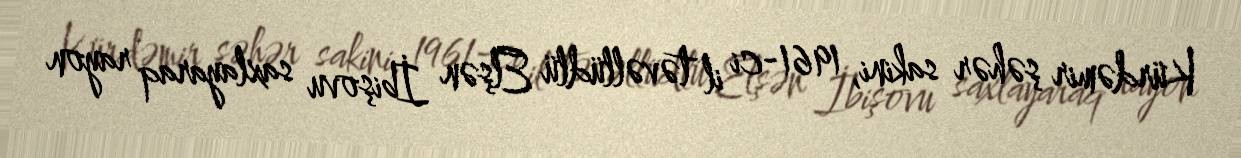
Kürdəmir şəhər sakini, 1961-ci il təvəllüdlü Elşən İbişovu saxlayaraq rayon